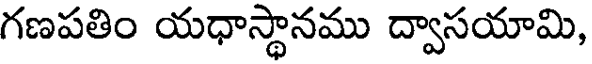
గణపతిం యధాస్థానము ద్వాసయామి,